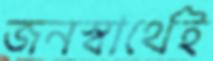
জনস্বার্থেই